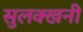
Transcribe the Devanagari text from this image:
सुलक्खनी